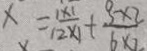
x = \frac { 1 \times 1 } { 1 2 \times 1 } + \frac { 3 \times 2 } { 6 \times 2 }